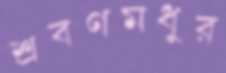
শ্রবণমধুর